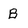
Character: B